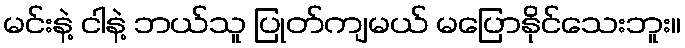
မင်းနဲ့ ငါနဲ့ ဘယ်သူ ပြုတ်ကျမယ် မပြောနိုင်သေးဘူး။